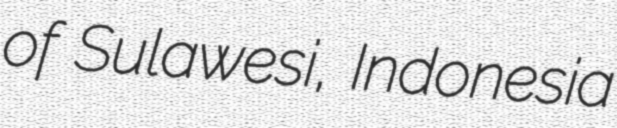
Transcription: of Sulawesi, Indonesia